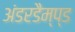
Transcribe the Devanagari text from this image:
अंडरडैम्प्ड